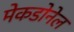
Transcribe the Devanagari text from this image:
मेकडोनेल